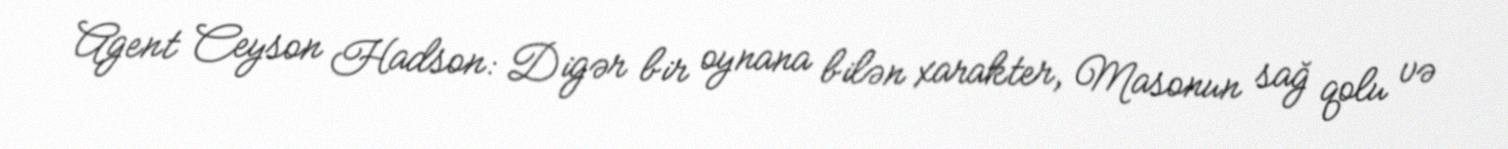
Agent Ceyson Hadson: Digər bir oynana bilən xarakter, Masonun sağ qolu və